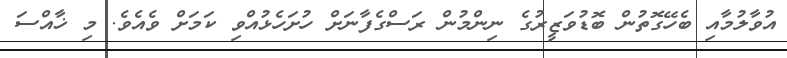
އުވާލުމާއި ބެހޭގޮތުން ބޮޑުވަޒީރުގެ ނިންމުން ރަސްގެފާނަށް ހުށަހެޅުއްވި ކަމަށް ވެއެވެ. މި ޚާއްސަ